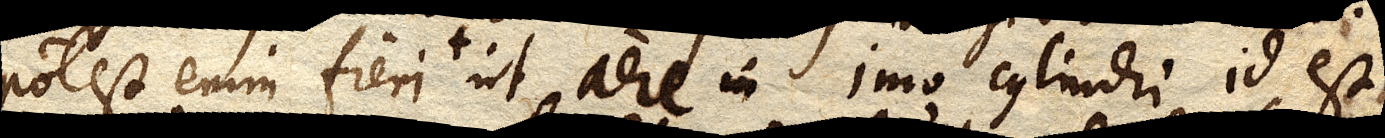
potest enim fieri ut aere in imo cylindri id est